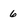
Character: 6